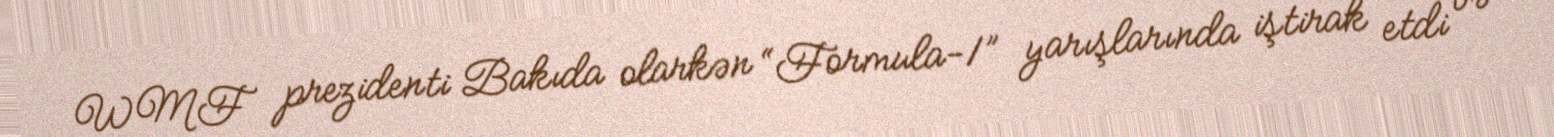
WMF prezidenti Bakıda olarkən “Formula-1” yarışlarında iştirak etdi və